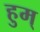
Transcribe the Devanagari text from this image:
हुम्